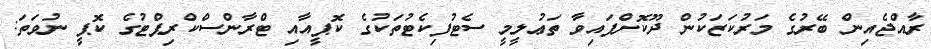
ރާއްޖެއިން ބޭރުގެ މަރުކަޒަކުން ދޫކޮށްފައިވާ ތަޢުލީމީ ސެޓުފިކެޓުތަކުގެ ކޮޕީއާއި ޓްރާންސްކްރިޕްޓުގެ ކޮޕީ ނުވަތަ: